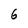
Character: 6